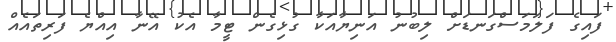
ފައިގެ ފަލަމަސްގަނޑަށް ލިބުނު އަނިޔާއަކާ ގުޅިގެން ޓީމާ އެކު އޭނާ އިއްޔެ ފަރިތައެއް